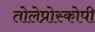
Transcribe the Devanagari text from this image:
तोलेप्रोस्कोपी